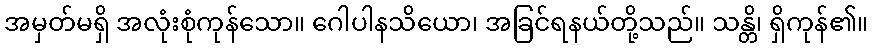
အမှတ်မရှိ အလုံးစုံကုန်သော။ ဂေါပါနသိယော၊ အခြင်ရနယ်တို့သည်။ သန္တိ၊ ရှိကုန်၏။